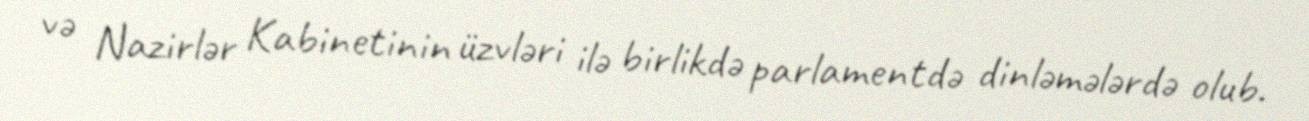
və Nazirlər Kabinetinin üzvləri ilə birlikdə parlamentdə dinləmələrdə olub.